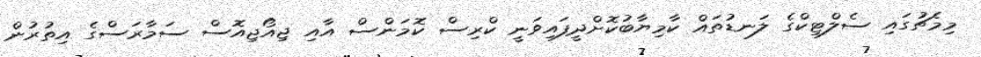
މިމެޗުގައި ސެލްޓިކްގެ ލަނޑުތައް ކާމިޔާބުކޮށްދީފައިވަނީ ކްރިސް ކޮމަންސް އާއި ޖިއޯޖިއޮސް ސަމާރަސްގެ އިތުރުން